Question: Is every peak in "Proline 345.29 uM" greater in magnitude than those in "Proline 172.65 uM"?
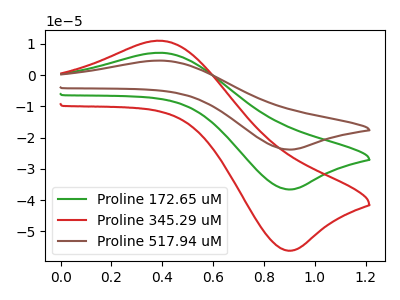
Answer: <think>The green curve "Proline 172.65 uM" has an anodic peak at (0.40V, 7.20uA) and a cathodic peak at (0.90V, -36.60uA). The red curve "Proline 345.29 uM" has an anodic peak at (0.40V, 11.05uA) and a cathodic peak at (0.90V, -56.20uA). The brown curve "Proline 517.94 uM" has an anodic peak at (0.40V, 14.35uA) and a cathodic peak at (0.90V, -73.20uA).</think>
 <answer>Every peak in "Proline 345.29 uM" is higher than every peak in "Proline 172.65 uM".</answer>
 <eval>higher</eval>